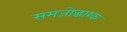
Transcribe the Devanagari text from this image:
समजोद्धारक